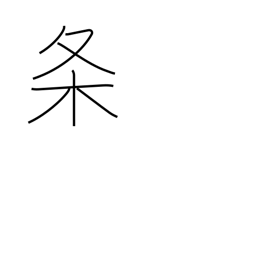
Meaning: clause